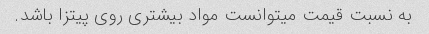
به نسبت قیمت میتوانست مواد بیشتری روی پیتزا باشد.